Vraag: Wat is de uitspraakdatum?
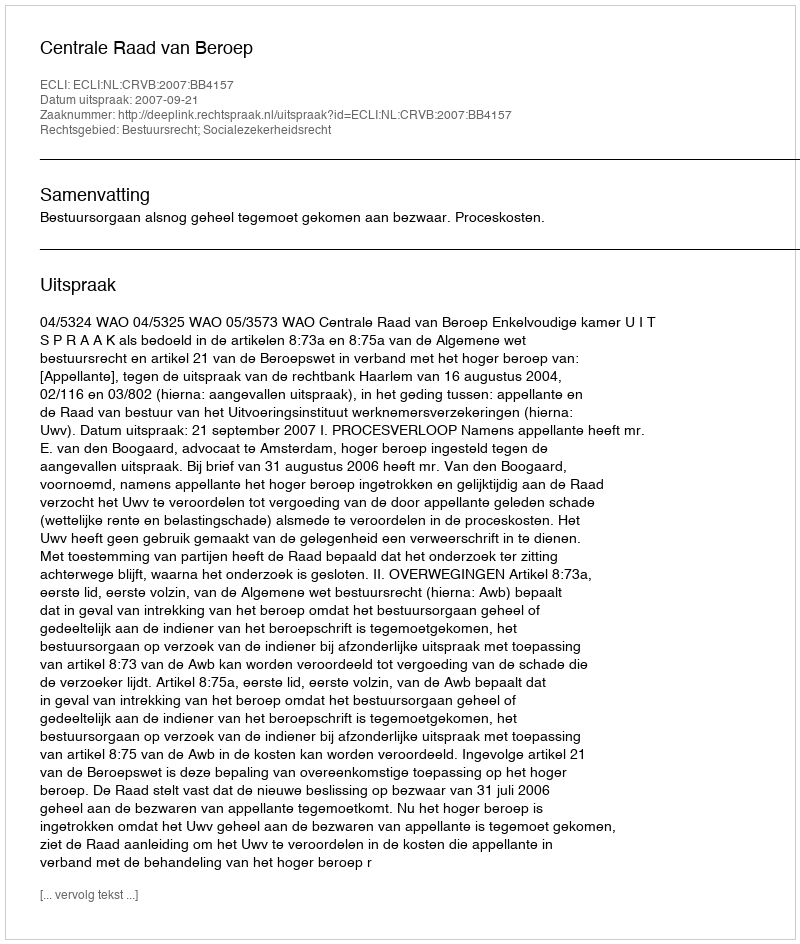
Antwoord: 2007-09-21